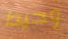
وحيدا